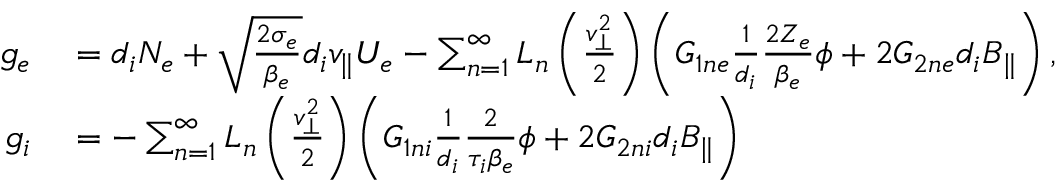
\begin{array} { r l } { g _ { e } } & { { } = d _ { i } N _ { e } + \sqrt { \frac { 2 \sigma _ { e } } { \beta _ { e } } } d _ { i } v _ { \parallel } U _ { e } - \sum _ { n = 1 } ^ { \infty } L _ { n } \left( \frac { v _ { \perp } ^ { 2 } } { 2 } \right) \left( G _ { 1 n e } \frac { 1 } { d _ { i } } \frac { 2 Z _ { e } } { \beta _ { e } } \phi + 2 G _ { 2 n e } d _ { i } B _ { \parallel } \right) , } \\ { g _ { i } } & { { } = - \sum _ { n = 1 } ^ { \infty } L _ { n } \left( \frac { v _ { \perp } ^ { 2 } } { 2 } \right) \left( G _ { 1 n i } \frac { 1 } { d _ { i } } \frac { 2 } { \tau _ { i } \beta _ { e } } \phi + 2 G _ { 2 n i } d _ { i } B _ { \parallel } \right) } \end{array}